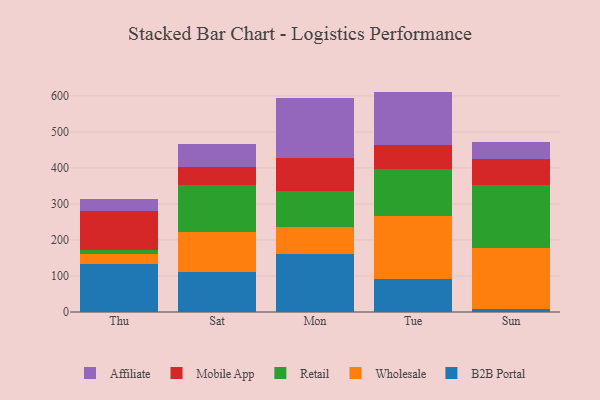
{"axis": {"x": "Day", "y": "Energy Usage (MWh)"}, "legend": ["Affiliate", "B2B Portal", "Mobile App", "Retail", "Wholesale"], "data": [{"x": "Thu", "y": 133.3, "type": "B2B Portal"}, {"x": "Thu", "y": 28.9, "type": "Wholesale"}, {"x": "Thu", "y": 9.2, "type": "Retail"}, {"x": "Thu", "y": 110.0, "type": "Mobile App"}, {"x": "Thu", "y": 33.3, "type": "Affiliate"}, {"x": "Sat", "y": 109.8, "type": "B2B Portal"}, {"x": "Sat", "y": 113.6, "type": "Wholesale"}, {"x": "Sat", "y": 128.3, "type": "Retail"}, {"x": "Sat", "y": 50.1, "type": "Mobile App"}, {"x": "Sat", "y": 64.6, "type": "Affiliate"}, {"x": "Mon", "y": 161.4, "type": "B2B Portal"}, {"x": "Mon", "y": 73.9, "type": "Wholesale"}, {"x": "Mon", "y": 101.1, "type": "Retail"}, {"x": "Mon", "y": 92.0, "type": "Mobile App"}, {"x": "Mon", "y": 166.4, "type": "Affiliate"}, {"x": "Tue", "y": 92.0, "type": "B2B Portal"}, {"x": "Tue", "y": 173.4, "type": "Wholesale"}, {"x": "Tue", "y": 130.7, "type": "Retail"}, {"x": "Tue", "y": 68.7, "type": "Mobile App"}, {"x": "Tue", "y": 147.1, "type": "Affiliate"}, {"x": "Sun", "y": 8.7, "type": "B2B Portal"}, {"x": "Sun", "y": 170.0, "type": "Wholesale"}, {"x": "Sun", "y": 174.0, "type": "Retail"}, {"x": "Sun", "y": 73.2, "type": "Mobile App"}, {"x": "Sun", "y": 46.1, "type": "Affiliate"}]}